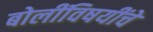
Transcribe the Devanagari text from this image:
बोलींविषयींचे